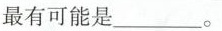
最有可能是____。